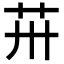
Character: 𦬢